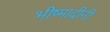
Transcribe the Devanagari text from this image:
भीष्मादीनी